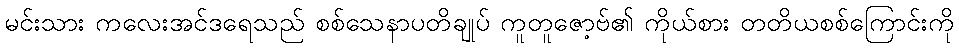
မင်းသား ကလေးအင်ဒရေသည် စစ်သေနာပတိချုပ် ကူတူဇော့ဗ်၏ ကိုယ်စား တတိယစစ်ကြောင်းကို